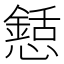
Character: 懖